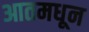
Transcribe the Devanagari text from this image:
आतमधून